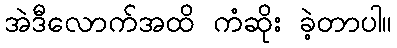
အဲဒီလောက်အထိ ကံဆိုး ခဲ့တာပါ။